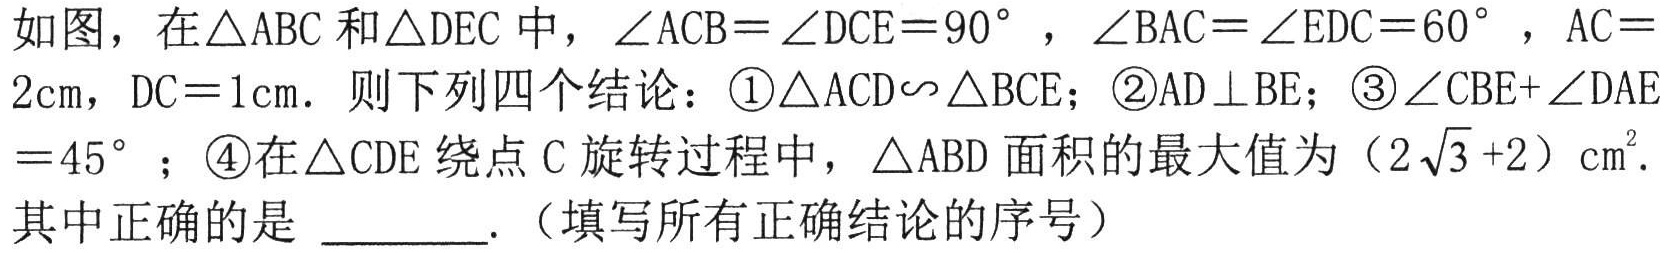
如图，在\(\triangle ABC\)和\(\triangle DEC\)中，\(\angle ACB = \angle DCE = 90^{\circ}\)，\(\angle BAC = \angle EDC = 60^{\circ}\)，\(AC = 2\text{cm}\)，\(DC = 1\text{cm}\)．则下列四个结论：\textcircled{1}\(\triangle ACD\backsim\triangle BCE\)；\textcircled{2}\(AD\perp BE\)；\textcircled{3}\(\angle CBE+\angle DAE = 45^{\circ}\)；\textcircled{4}在\(\triangle CDE\)绕点\(C\)旋转过程中，\(\triangle ABD\)面积的最大值为\((2\sqrt{3}+2)\text{cm}^{2}\)．其中正确的是 \_\_\_\_\_ .（填写所有正确结论的序号）